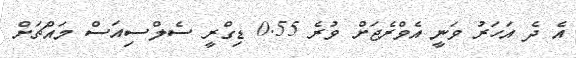
އެ ދެ އަހަރު ވަނީ އެވްރެޖަށް ވުރެ 0.55 ޑިގްރީ ސެލްސިއަސް މައްޗަށް